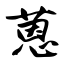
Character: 蒽